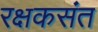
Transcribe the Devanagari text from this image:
रक्षकसंत